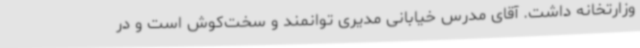
وزارتخانه داشت. آقای مدرس خیابانی مدیری توانمند و سخت‌کوش است و در